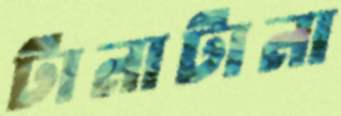
টানাটানা